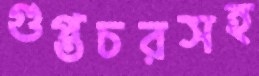
গুপ্তচরসহ